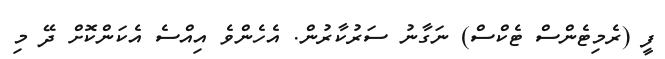
ފީ (ރެމިޓެންސް ޓެކްސް) ނަގާނު ސަރުކާރުން. އެހެންވެ އިއްސެ އެކަންކޮށް ދޭ މި